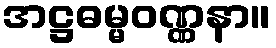
အဋ္ဌဓမ္မဝဏ္ဏနာ။